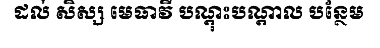
ដល់ សិស្ស មេធាវី បណ្តុះបណ្តាល បន្ថែម